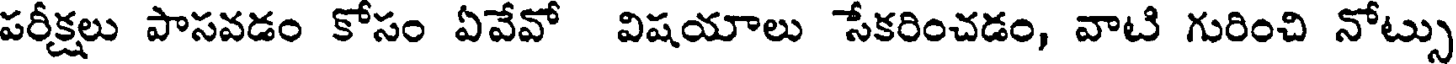
పరీక్షలు పాసవడం కోసం ఏవేవో విషయాలు సేకరించడం, వాటి గురించి నోట్సు